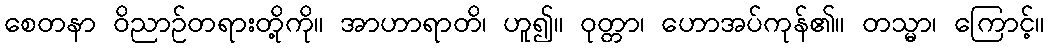
စေတနာ ဝိညာဉ်တရားတို့ကို။ အာဟာရာတိ၊ ဟူ၍။ ဝုတ္တာ၊ ဟောအပ်ကုန်၏။ တသ္မာ၊ ကြောင့်။